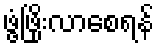
ဖွံ့ဖြိုးလာစေရန်